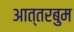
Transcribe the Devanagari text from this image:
आत्तरबुम